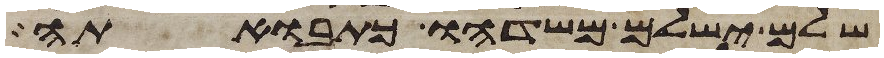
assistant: שלם ישלם משדהו כתבואתה